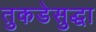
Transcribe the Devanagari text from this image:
तुकडेसुद्धा